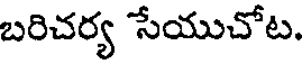
బరిచర్య సేయుచోట.